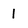
Character: 1